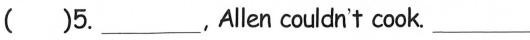
( )5.___,Allen couldn't cook.___